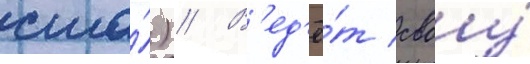
сша́) // В'ед'ё́т своу́